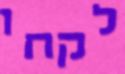
לקחו